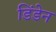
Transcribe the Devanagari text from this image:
डिंडेन